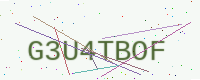
Text: G3U4TBOF